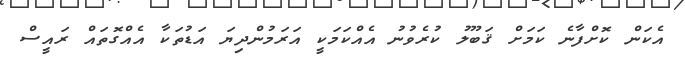
އެކަން ކޮށްފާނެ ކަމަށް ޤަބޫލު ކުރެވުނު އެއްކަމަކީ އަރަމުންދިޔަ އަޑުތަކާ އެއްގޮތައް ރައީސް